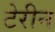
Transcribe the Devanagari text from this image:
टेरीन